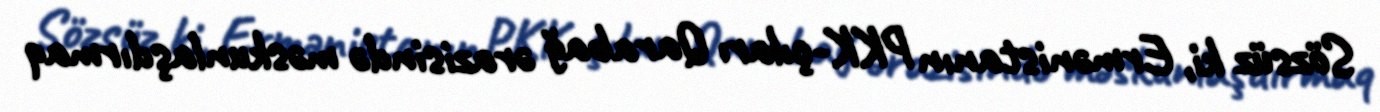
Sözsüz ki, Ermənistanın PKK-çıları Qarabağ ərazisində məskunlaşdırmaq